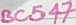
Text: BC547